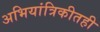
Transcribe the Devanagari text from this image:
अभियांत्रिकीतही